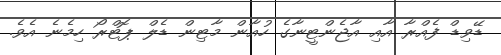
ޑޭވިޑް ފެއްރާ އާއި އާޖެންޓީނާގެ ހުއާން މާޓިން ޑެލް ޕޮޓްރޯ ހިމެނެ އެވެ.